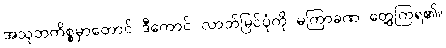
အသုဘကိစ္စမှာတောင် ဒီကောင် လာဘ်မြင်ပုံကို မကြာခဏ တွေ့ကြရ၏။